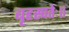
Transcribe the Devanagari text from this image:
बृहस्पतेः॥